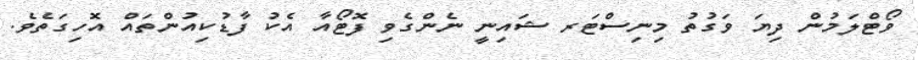
ވޯޓްލަމުން ދިޔަ ވަގުތު މިނިސްޓަރ ޝައިނީ ނެންގެވި ފޮޓޯއާ އެކު ފާޑުކިއުންތައް އޮހިގަތެވެ.